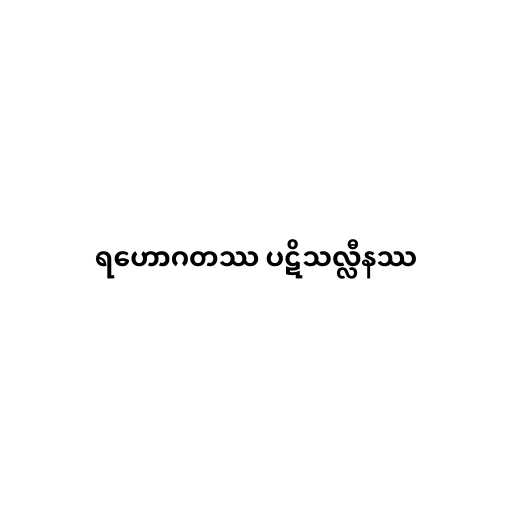
ရဟောဂတဿ ပဋိသလ္လီနဿ